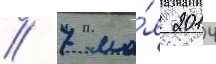
// 7 ма́я 2014